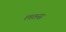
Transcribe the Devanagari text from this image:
लतस